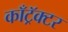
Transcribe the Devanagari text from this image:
काँट्रॅक्टर